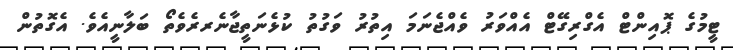
ޓީމުގެ ޕޮއިންޓް އެގްރިގޭޓް އެއްވަރު ވެއްޖެނަމަ އިތުރު ވަގުތު ކުޅެނަތީޖާނެރރެވެތޯ ބަލާނީއެވެ. އެގޮތުން